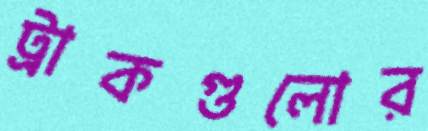
ট্রাকগুলোর